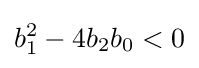
b_{1}^{2}-4b_{2}b_{0}<0